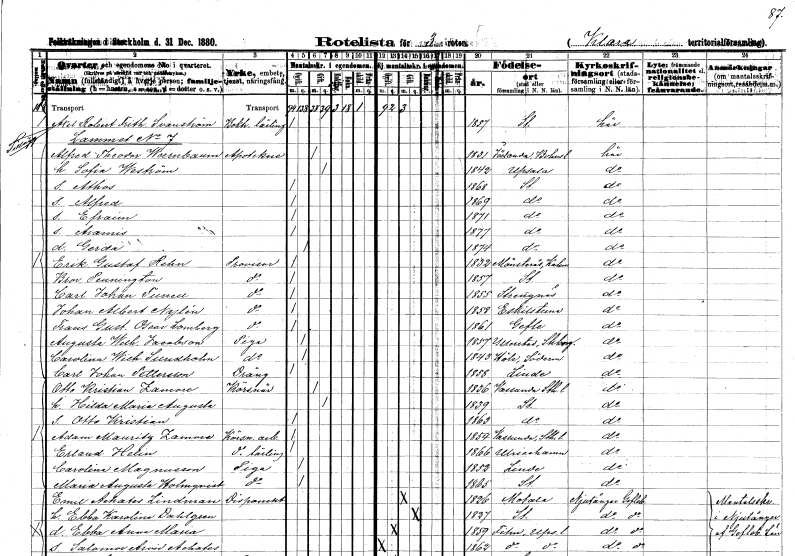
gt_parse: households: individuals: FN: Axel Robert Frithiof
EN: Svanström
YRKE: Boktryckerilärling
KON: M
CIV: O
FODAR: 1857
FODFORS: Stockholm
FN: Alfred Theodor
EN: Waernbaum
YRKE: Apotekare
KON: M
CIV: G
FODAR: 1831
FODFORS: Jörlanda Göteborgs- och Bohuslän
FN: Sofia
EN: Weström
KON: K
CIV: G
FODAR: 1842
FODFORS: Uppsala Uppsala län
FN: Athos
KON: M
CIV: O
FODAR: 1868
FODFORS: Stockholm
FN: Alfred
KON: M
CIV: O
FODAR: 1869
FODFORS: Stockholm
FN: Efraim
KON: M
CIV: O
FODAR: 1871
FODFORS: Stockholm
FN: Aramis
KON: M
CIV: O
FODAR: 1877
FODFORS: Stockholm
FN: Gerda
KON: K
CIV: O
FODAR: 1874
FODFORS: Stockholm
FN: Erik Gustaf
EN: Rehn
YRKE: Provisor
KON: M
CIV: O
FODAR: 1832
FODFORS: Mönsterås Kalmar län
FN: Bror
EN: Pennington
YRKE: Provisor
KON: M
CIV: O
FODAR: 1857
FODFORS: Stockholm
FN: Carl Johan
EN: Tunell
YRKE: Provisor
KON: M
CIV: O
FODAR: 1855
FODFORS: Strängnäs Södermanlands län
FN: Johan Albert
EN: Nylén
YRKE: Provisor
KON: M
CIV: O
FODAR: 1858
FODFORS: Eskilstuna Södermanlands län
FN: Frans Gustaf Oscar
EN: Lamberg
YRKE: Provisor
KON: M
CIV: O
FODAR: 1861
FODFORS: Gävle Gävleborgs län
FN: Augusta Wilhelmina
EN: Jacobson
YRKE: Piga
KON: K
CIV: O
FODAR: 1857
FODFORS: Yllestad Skaraborgs län
FN: Carolina Wilhelmina
EN: Sundholm
YRKE: Piga
KON: K
CIV: O
FODAR: 1843
FODFORS: Hölö Stockholms län
FN: Carl Johan
EN: Pettersson
YRKE: Dräng
KON: M
CIV: O
FODAR: 1858
FN: Otto Kristian
EN: Zamore
YRKE: Körsnär
KON: M
CIV: G
FODAR: 1836
FODFORS: Vassunda Uppsala län
FN: Hilda Maria Augusta
KON: K
CIV: G
FODAR: 1839
FODFORS: Stockholm
FN: Otto Kristian
KON: M
CIV: O
FODAR: 1863
FODFORS: Stockholm
FN: Adam Mauritz
EN: Zamore
YRKE: Körsnärsarbetare
KON: M
CIV: O
FODAR: 1854
FODFORS: Vassunda Uppsala län
FN: Erland
EN: Helin
YRKE: Körsnärslärling
KON: M
CIV: O
FODAR: 1866
FODFORS: Ulricehamn Älvsborgs län
FN: Carolina
EN: Magnusson
YRKE: Piga
KON: K
CIV: O
FODAR: 1852
FODFORS: Lindesberg Örebro län
FN: Maria Augusta
EN: Holmqvist
YRKE: Piga
KON: K
CIV: O
FODAR: 1865
FODFORS: Stockholm
FN: Emil Achates
EN: Lindman
YRKE: Disponent
KON: M
CIV: G
FODAR: 1826
FODFORS: Motala Östergötlands län
FN: Ebba Karolina
EN: Dahlgren
KON: K
CIV: G
FODAR: 1827
FODFORS: Stockholm
FN: Ebba Anna Maria
KON: K
CIV: O
FODAR: 1859
FODFORS: Film Uppsala län
FN: Salomon Arvid Achates
KON: M
CIV: O
FODAR: 1862
FODFORS: Film Uppsala län